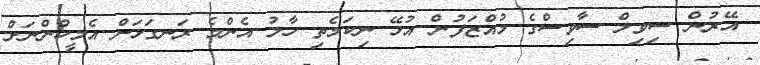
އޭރުން ސިވިލް ސާވިސްގެ މުއްޒަފުން އުޅޭ ނިކަމެތި ހާލު އެންމެ ރަނގަޅަށް އެމީހުންނަށް